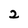
Character: 2